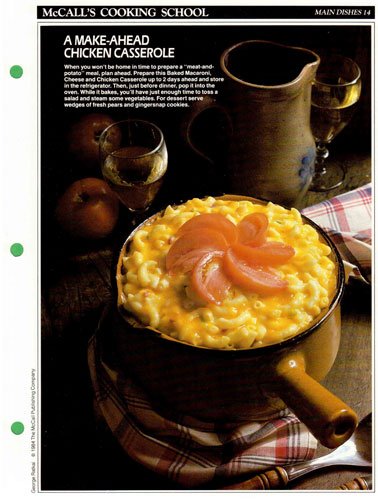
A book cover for McCall's Cooking School Recipe Card: Main Dishes 14 - Baked Macaroni, Cheese And Chicken Casserole (Replacement McCall's Recipage or Recipe Card For 3-Ring Binders); Health, Fitness & Dieting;